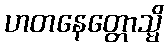
ဟတနေတ္တောသ္မိ